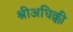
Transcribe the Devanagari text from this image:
श्रीअधिक्की